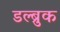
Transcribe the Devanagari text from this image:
डल्ब्रुक